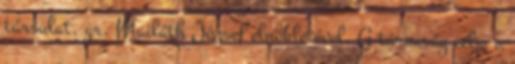
társulat, gr. Mailáth József elnökletével. A társaság célja a